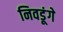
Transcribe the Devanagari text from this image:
निवडूंगे